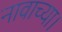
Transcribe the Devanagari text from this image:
नावाच्या।